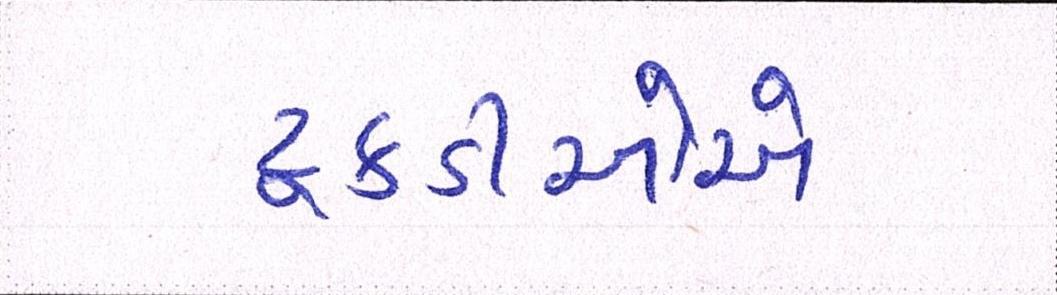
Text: ટૂકડીઓએ